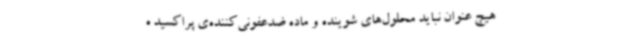
هیچ عنوان نباید محلول‌های شوینده و ماده ضدعفونی‌کننده‌ی پراکسید ه